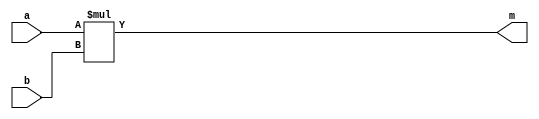
module ex_multiplier(a,b,m);

input [3:0] a;
input [3:0] b;

output [7:0] m;

assign m = a*b; 

endmodule